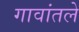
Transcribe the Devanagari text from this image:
गावांतले